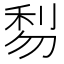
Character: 𠝯